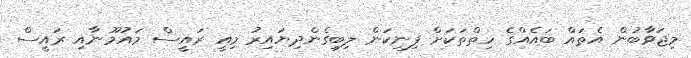
މިޖަވާބުން އެތައް ބައެއްގެ ހިތްތަކަށް ފިނިކަން ލިބިގެންދިޔައިރު މިއީ ރައީސް މައުމޫނާއި ރައީސް